Report on lock hospitals in British Burma
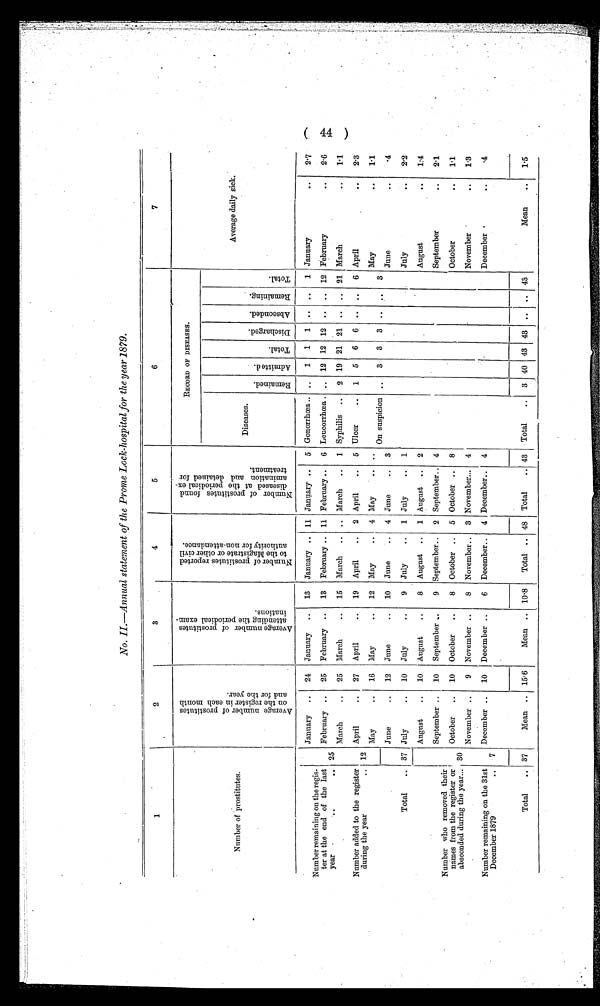
No. II.—Annual statement of the Prome Lock-hospital for the year 1879.
1
2
3
4
5
6
7
Number of prostitutes.
A v e r a g e n u m b e r o f p r o s t i t u t e s o n t h e r e g i s t e r i n e a c h m o n t h a n d f o r t h e y e a r .
A v e r a g e n u m b e r o f p r o s t i t u t e s a t t e n d i n g t h e p e r i o d i c a l e x a m i n a t i o n s .
N u m b e r o f p r o s t i t u t e s r e p o r t e d t o t h e M a g i s t r a t e o r o t h e r c i v i l a u t h o r i t y f o r n o n - a t t e n d a n c e .
N u m b e r o f p r o s t i t u t e s f o u n d d i s e a s e d a t t h e p e r i o d i c a l e x a m i n a t i o n a n d d e t a i n e d f o r t r e a t m e n t .
RECORD OF DISEASES.
Average daily sick.
Diseases.
R e m a i n e d .
A d m i t t e d .
T o t a l .
D i s c h a r g e d .
A b s c o n d e d .
R e m a i n i n g .
T o t a l .
Number remaining on the regis-
ter at the end of the last
year
. .
. . 25
January .. 24 January .. 13 January .. 11 January .. 5 Gonorrhoea .. ..
1 1 1 .. ..
1 January
. .
2 . 7
February .. 25 February .. 13 February .. 11 February .. 6 Leucorrhoea . .. 12 12 12 .. .. 12 February
..
2 . 6
Syphilis .. 2 19 21 21 .. .. 21 March
..
1.1
March
.. 25 March
.. 15 March .. .. March .. 1
Number added to the register
during the year
.. 12
April
.. 27 April
.. 19 April
.. 2 April
.. 5 Ulcer
.. 1 5 6 6 ..
6 April
..
2.3
May
.. 16 May
.. 12 May
4 May
.. ..
On suspicion .. 3 3 3
. . . . 3
May
1 . 1
Total
.. 37
June
.. 12 June
.. 10 June
.. 4 June
.. 3
June
..
.4
July
.. 10 July
..
9 July
.. 1 July
.. 1
July
..
2.2
Number who removed their
names from the register or
absconded during the year...
August
.. 10 August
..
8 August .. 1 August .. 2
August
..
1.4
30
September .. 10 September ..
9 September.. 2 September.. 4
September
..
2 . 1
October .. 10 October ..
8 October .. 5 October .. 8
October
. .
1 . 1
November ..
9 November ..
8 November.. 3 November... 4
November
..
1.3
Number remaining on the 31st
December 1879
.. 7
December .. 10 December ..
6 December.. 4 December..
4
December
. .
. 4
Total
.. 37
Mean .. 15.6
Mean ..
1 0 . 8
Total .. 48 Total
.. 43 Total
.. 3 40 43 43 ..
. . 4 3
Mean
..
1.5
( 4 4 )